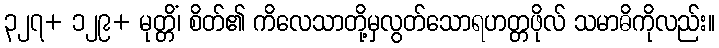
၃၂၇+ ၁၂၉+ မုတ္တိံ၊ စိတ်၏ ကိလေသာတို့မှလွတ်သောရဟတ္တဖိုလ် သမာဓိကိုလည်း။